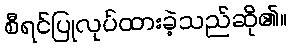
စီရင်ပြုလုပ်ထားခဲ့သည်ဆို၏။